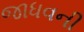
જાધવની